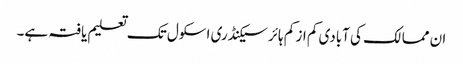
ان ممالک کی آبادی کم از کم ہائر سیکنڈری اسکول تک تعلیم یافتہ ہے۔